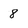
Character: 8